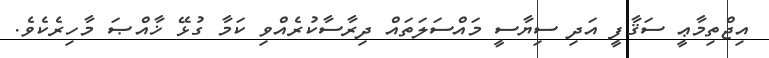
އިޖްތިމާޢީ ސަޤާފީ އަދި ސިޔާސީ މައްސަލަތައް ދިރާސާކުރެއްވި ކަމާ ގުޅޭ ޚާއްޞަ މާހިރެކެވެ.